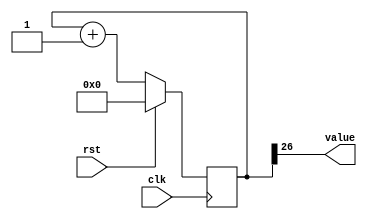
module counter_14 (
    input clk,
    input rst,
    output reg [0:0] value
  );
  
  localparam SIZE = 1'h1;
  localparam DIV = 5'h1a;
  localparam TOP = 1'h0;
  localparam UP = 1'h1;
  
  
  reg [26:0] M_ctr_d, M_ctr_q = 1'h0;
  
  localparam MAX_VALUE = 27'h3ffffff;
  
  always @* begin
    M_ctr_d = M_ctr_q;
    
    value = M_ctr_q[26+0-:1];
    if (1'h1) begin
      M_ctr_d = M_ctr_q + 1'h1;
      if (1'h0 && M_ctr_q == 27'h3ffffff) begin
        M_ctr_d = 1'h0;
      end
    end else begin
      M_ctr_d = M_ctr_q - 1'h1;
      if (1'h0 && M_ctr_q == 1'h0) begin
        M_ctr_d = 27'h3ffffff;
      end
    end
  end
  
  always @(posedge clk) begin
    if (rst == 1'b1) begin
      M_ctr_q <= 1'h0;
    end else begin
      M_ctr_q <= M_ctr_d;
    end
  end
  
endmodule